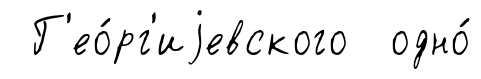
Г'ео́рг'иjевского одно́